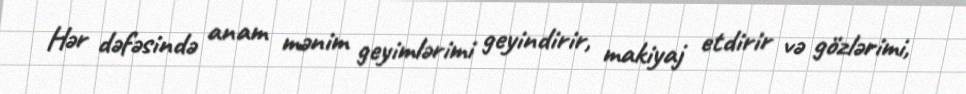
Hər dəfəsində anam mənim geyimlərimi geyindirir, makiyaj etdirir və gözlərimi,